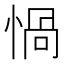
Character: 𢝸